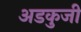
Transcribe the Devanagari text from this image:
अडकुजी